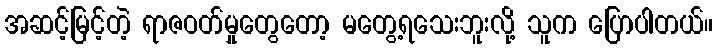
အဆင့်မြင့်တဲ့ ရာဇဝတ်မှုတွေတော့ မတွေ့ရသေးဘူးလို့ သူက ပြောပါတယ်။